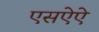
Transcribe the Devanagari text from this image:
एसऐऐ